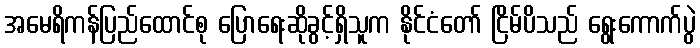
အမေရိကန်ပြည်ထောင်စု ပြောရေးဆိုခွင့်ရှိသူက နိုင်ငံတော် ငြိမ်ပိသည် ရွေးကောက်ပွဲ